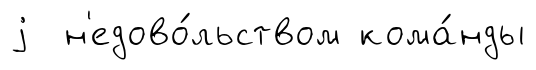
j н'едово́льством кома́нды